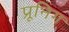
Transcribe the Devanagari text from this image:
प्रूनिग